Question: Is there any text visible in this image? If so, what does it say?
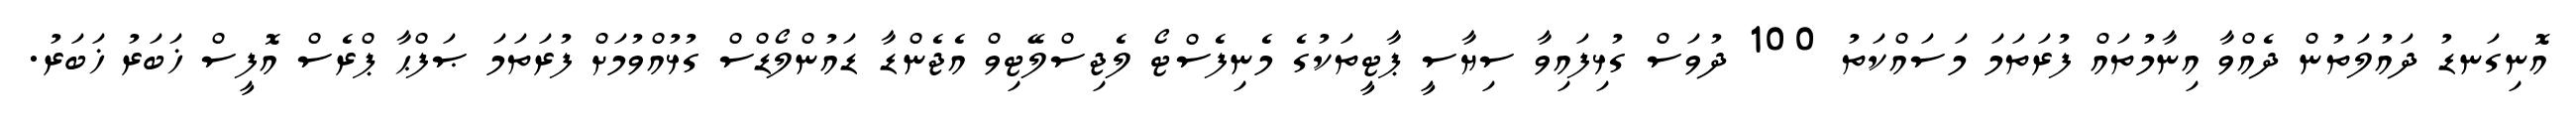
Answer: އޮނިގަނޑު ދައުލަތުން ދެއްވާ އިނާމުތައް ފުރަތަމަ މަސައްކަތު 100 ދުވަސް ގުޅިފައިވާ ސިޔާސީ ޕާޓީތަކުގެ މެނިފެސްޓޯ ލެޖިސްލޭޓިވް އެޖެންޑާ ޑައުންލޯޑްސް ގުޅުއްވުމަށް ފުރަތަމަ ޞަފްޙާ ޕްރެސް އޮފީސް ޚަބަރު ޚަބަރު.